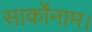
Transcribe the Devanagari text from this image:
सार्कोनाम।